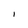
Character: I